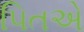
પિતએ